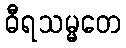
ဓီရသမ္မတေ